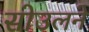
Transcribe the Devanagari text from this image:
सोउलने